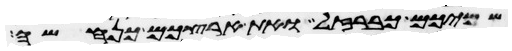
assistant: שמיכם כברזל ואת ארצכם כנחשה